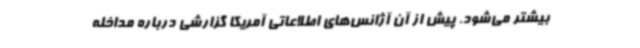
بیشتر می‌شود. پیش از آن آژانس‌های اطلاعاتی آمریکا گزارشی درباره مداخله